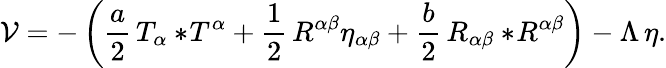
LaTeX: \mathcal{V}=-\left({\frac{{a}}{{2}}}\, T_{\alpha}{}*\! T^{\alpha}+{\frac{{1}}{{2}}}\, R^{\alpha\beta}\eta_{\alpha\beta}+{\frac{{b}}{{2}}}\, R_{\alpha\beta}{}*\! R^{\alpha\beta}\right)-\Lambda\, \eta.